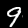
Digit: 9